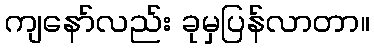
ကျနော်လည်း ခုမှပြန်လာတာ။